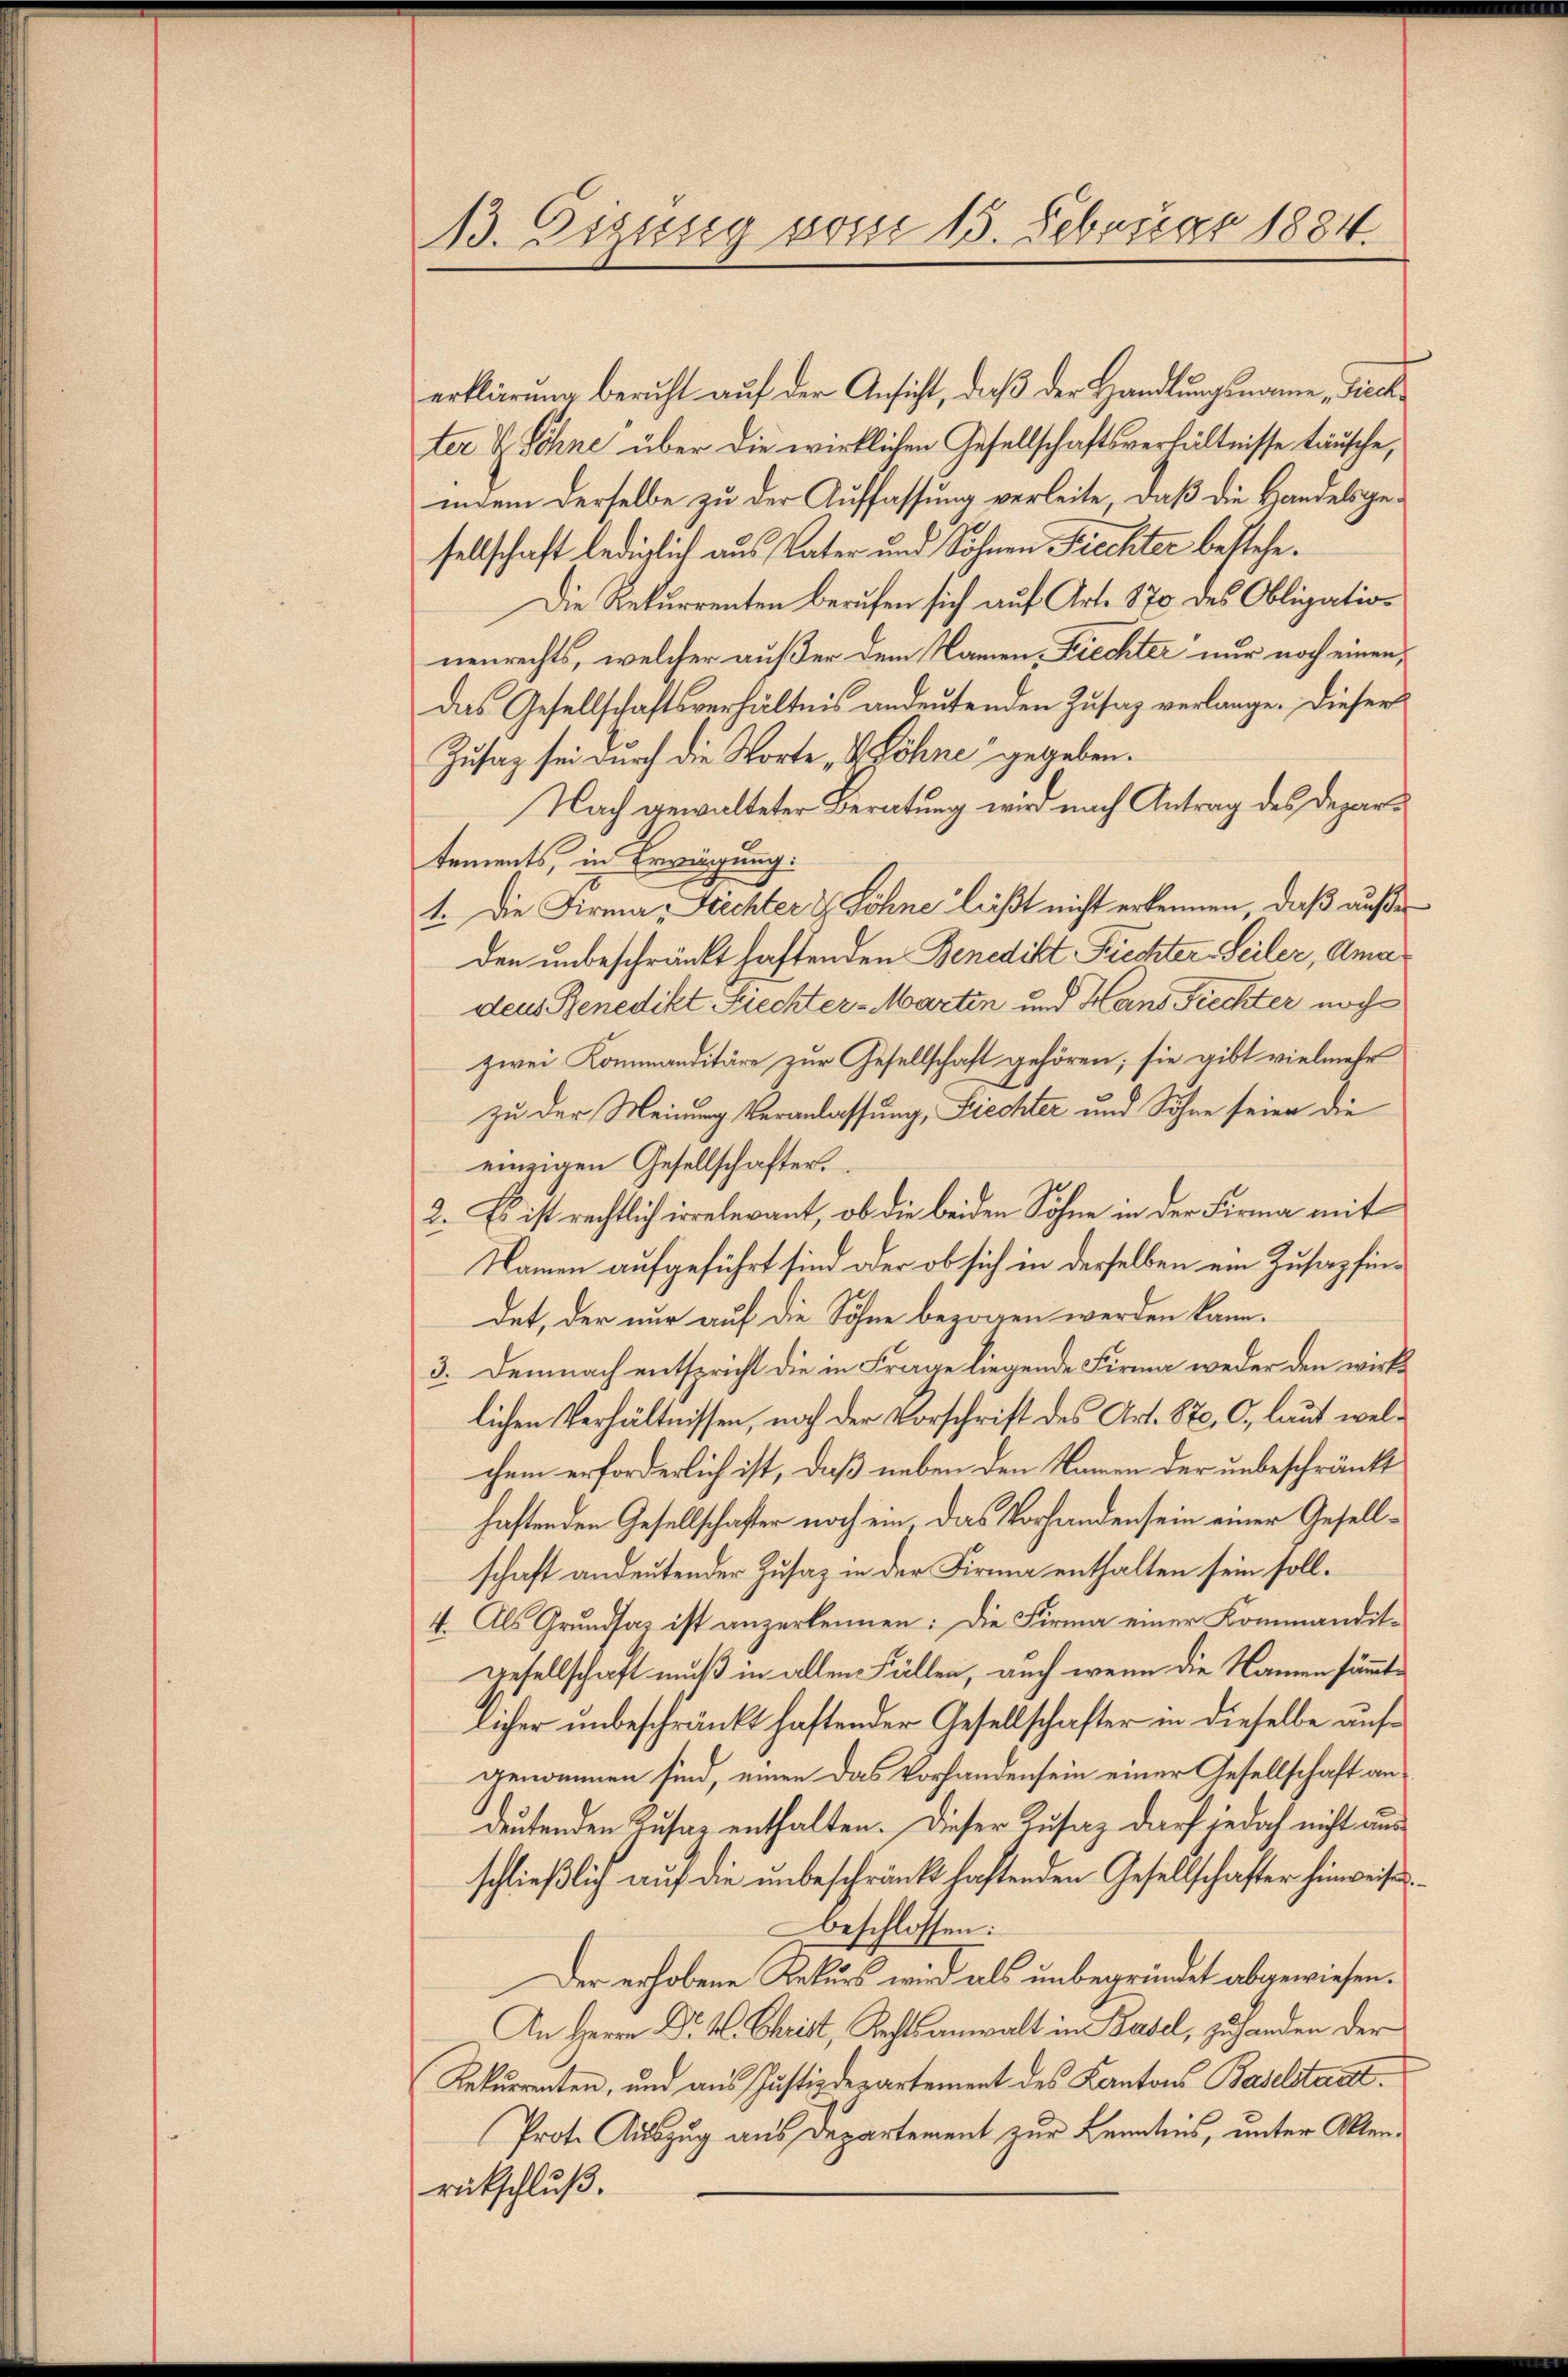
13. Eigung vom 15. Februar 1884

erklärung beruht auf der Ansicht, daß der Handlungsname Ziech
ter & Söhne über die wirklichen Gesellschaftsverhältnisse täusche,
indem derselbe zu der Auffassung verleite, daß die Handelsgesellschaft lediglich aus Vater und Sohnen Fiechter bestehe.
Die Rekurrenten berufen sich auf Art. 870 des Obligation
nenrechts, welcher außer dem Namen, Frechter nur noch einen,
das Gesellschaftsverhältnis andeutenden Zusaz verlange. Dieser
Zusag sei durch die Worte & Söhne gegeben.
Nach gewalteter Beratung wird nach Antrag des Departements, in Erwägung.
1. Die Firma, Frechter & Söhne läßt nicht erkennen, daß außer
den unbeschränkt haftenden Benedikt Piechter Seiler, Ama
deus Benedikt Siechter-Martin und Hans Fiechter noch
zwei Kommanditäre zur Gesellschaft gehören; sie gibt vielmehr
zu der Meinung Veranlassung, Siechter und Sohne seien die
einzigen Gesellschafter.
2. Es ist rechtlich irrelevant, ob die beiden Söhne in der Firma mit
Namen aufgeführt sind oder ob sich in derselben ein Zusapfindet, der nur auf die Söhne bezogen werden kann.
3. Demnach entspricht die in Frage liegende Firma weder den wirklichen Verhältnissen, noch der Vorschrift des Art. St. C, laut welchem erforderlich ist, daß neben den Namen der unbeschränkt
haftenden Gesellschafter noch ein das Vorhandensein einer Gesellschaft andeutender Zusaz in der Firma enthalten sein soll.
4. Als Grundsaz ist anzurkennen: Die Firma einer Kommandit¬
Gesellschaft muß in allen Fällen, auch wenn die Namen sämmtlicher unbeschränkt haftender Gesellschafter in dieselbe aufgenommen sind, einen das Vorhandensein einer Gesellschaft andeutenden Zusaz enthalten. Dieser Zusaz darf jedoch nicht aus
schließlich auf die unbeschränkt haftenden Gesellschafter hinweise
beschlossen:
Der erhobene Rekurs wird als unbegründet abgewiesen.
An Herrn Dr. K. Christ, Rechtsanwalt in Basel, zuhanden der
Rekurrenten, und aus Justizdepartement des Kantons Baselstaat
Prote Auszug aus Departement zur Kenntnis, unter Aktenrückschluß.